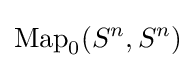
\operatorname {Map} _{0}(S^{n},S^{n})